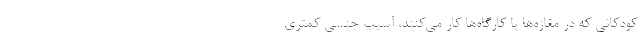
کودکانی که در مغازه‌ها یا کارگاه‌ها کار می‌کنند، آسیب جنسی کمتری